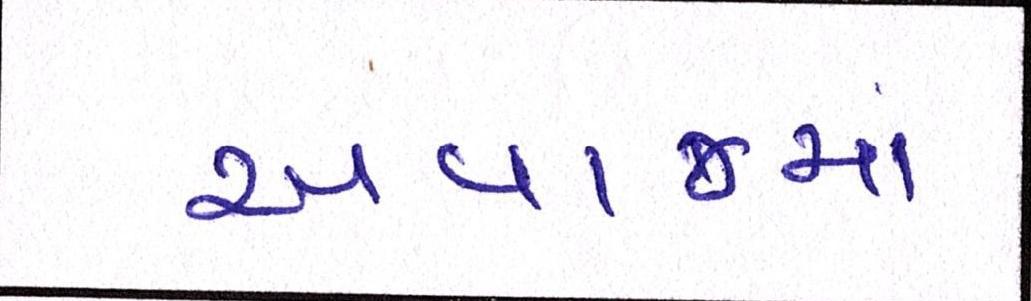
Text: અવાજમાં